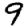
Digit: 9